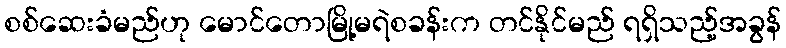
စစ်ဆေးခံမည်ဟု မောင်တောမြို့မရဲစခန်းက တင်နိုင်မည် ရရှိသည့်အခွန်